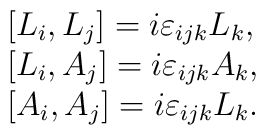
\begin{array}{l}  [ L_{i},L_{j}]=i\varepsilon_{ijk}L_{k},\\		    {[} L_{i},A_{j} ]=i\varepsilon_{ijk}A_{k},\\ {[}		    A_{i},A_{j} ]=i\varepsilon_{ijk}L_{k}.  \end{array}